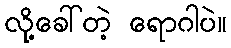
လို့ခေါ်တဲ့ ရောဂါပဲ။